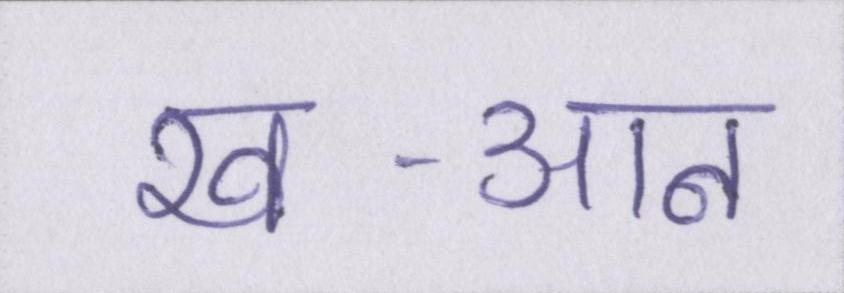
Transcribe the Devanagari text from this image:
ख-आन